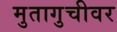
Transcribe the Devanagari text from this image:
मुतागुचीवर